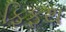
ફિફથ